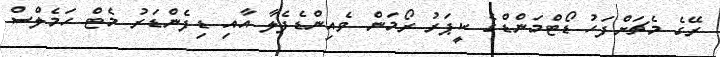
ރޭގެ މެޗަށްފަހު ޑޯޓްމަންޑްގެ ކީޕަރު ރޯމަން ވެއިންޑެފެލާ އާއި ޑިފެންޑަރު މެޓް ހަމެލްސް